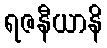
ရဇနီယာနိ